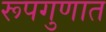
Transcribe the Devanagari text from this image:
रूपगुणात